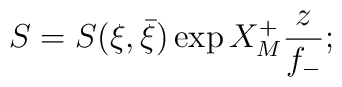
S=S(\xi,\bar \xi ) \exp X^+_M \frac{z}{f_-};